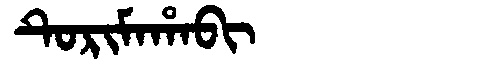
Manchu: ᡨᡠᡵᡳᠮᠠᡥᠠᠪᡳ
Romanization: TURIMAHABI